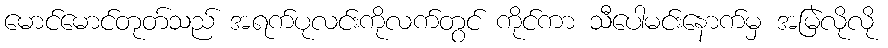
မောင်မောင်တုတ်သည် အရက်ပုလင်းကိုလက်တွင် ကိုင်ကာ သီပေါမင်းနောက်မှ အမြဲလိုလို